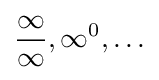
{\frac {\infty }{\infty }},\infty ^{0},\ldots